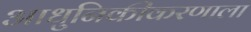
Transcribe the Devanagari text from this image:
आधुनिकीकरणाला